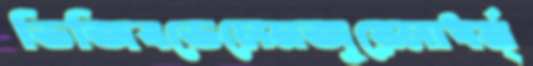
ভিজিবভেলেনজুয়েলাধর্ম্